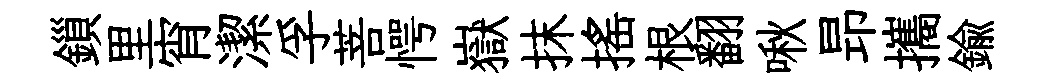
鎻里宵潔孚菩愕嶽抹搖根翻啾昻攜鍮